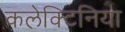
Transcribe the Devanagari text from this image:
कलेक्टिनिया